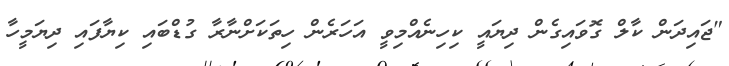
"ޖައިދަން ކާލް ގޮވައިގެން ދިޔައީ ކިހިނެއްމިވީ އަހަރެން ހިތަކަށްނާރާ ގުޑްބައި ކިޔާފައި ދިޔަމީހާ